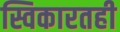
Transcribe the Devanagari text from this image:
स्विकारतही